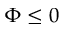
\Phi \le 0